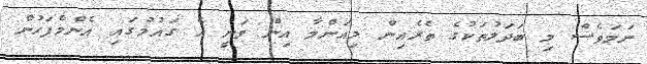
ނަމަވެސް މި ބަދަލުތަކުގެ ތެރެއިން މިއަންމާ އިން ވަނީ އެ ގައުމުގައި އެންމެފަހުން